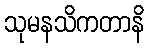
သုမနသိကတာနိ